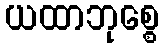
ယထာဘုစ္စေ